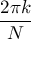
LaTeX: \frac { 2 \pi k } { N }